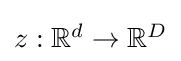
{\textstyle z:\mathbb {R} ^{d}\to \mathbb {R} ^{D}}